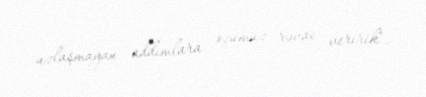
uzlaşmayan addımlara özümüz rəvac veririk".